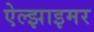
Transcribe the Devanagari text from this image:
ऐल्झाइमर